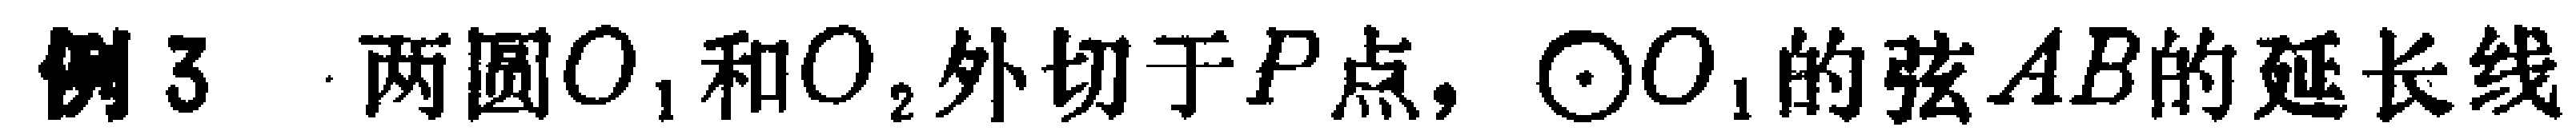
例3. 两圆\(O_{1}\)和\(O_{2}\)外切于\(P\)点, \(\odot O_{1}\)的弦\(AB\)的延长线